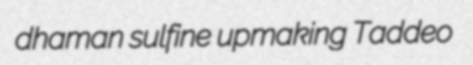
dhaman sulfine upmaking Taddeo